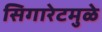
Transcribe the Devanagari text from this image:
सिगारेटमुळे